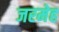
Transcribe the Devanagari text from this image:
जरमेह